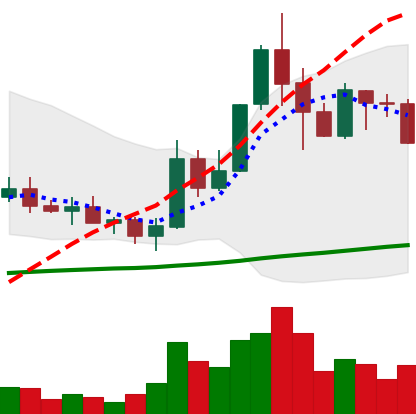
Ticker: ADA-USD
Chart end date: 2019-05-22
Forward return: 17.626%
Label: up_7plus